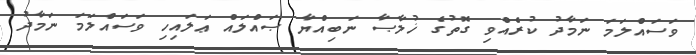
ވަސައްލަމަ ނަމާދު ކުރެއްވި ގޮތުގެ ޚުލާޞާ ނަބިއްޔާ ޞައްލައް ޢަލައިހި ވަސައްލަމަ ނަމާދު